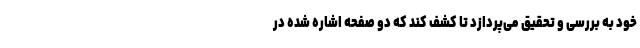
خود به بررسی و تحقیق می‌پردازد تا کشف کند که دو صفحه اشاره شده در